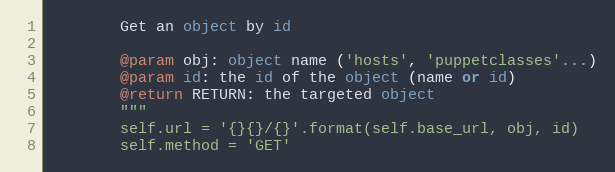
Language: Python
        Get an object by id

        @param obj: object name ('hosts', 'puppetclasses'...)
        @param id: the id of the object (name or id)
        @return RETURN: the targeted object
        """
        self.url = '{}{}/{}'.format(self.base_url, obj, id)
        self.method = 'GET'